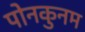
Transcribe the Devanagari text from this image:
पोनकुनम